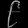
Digit: ၉